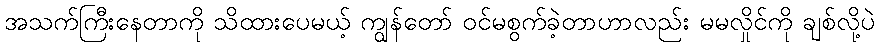
အသက်ကြီးနေတာကို သိထားပေမယ့် ကျွန်တော် ဝင်မစွက်ခဲ့တာဟာလည်း မမလှိုင်ကို ချစ်လို့ပဲ